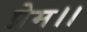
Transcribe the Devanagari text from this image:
प्रेम।।